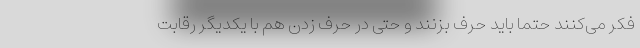
فکر می‌کنند حتما باید حرف بزنند و حتی در حرف زدن هم با یکدیگر رقابت